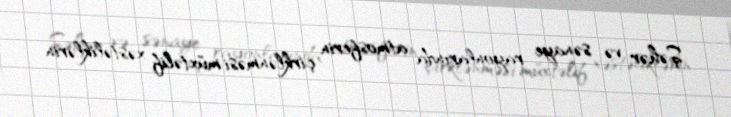
Şəhər və sənaye rayonlarında atmosferin çirklənməsi müxtəlif xəstəliklərin